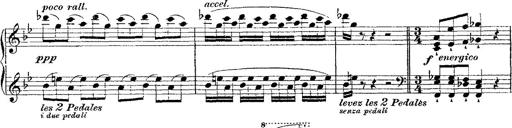
Title: Fantaisie romantique sur deux mÃ©lodies suisses
Composer: Franz Liszt